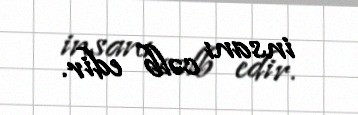
insanı cəlb edir.